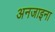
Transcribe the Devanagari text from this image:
अनजाइना